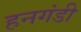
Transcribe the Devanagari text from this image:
हनगंडी